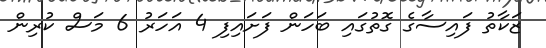
ޒަކާތު ފައިސާގެ ގޮތުގައި ބަހަން ފަށައިފި 4 އަހަރު 6 މަސް ކުރިން